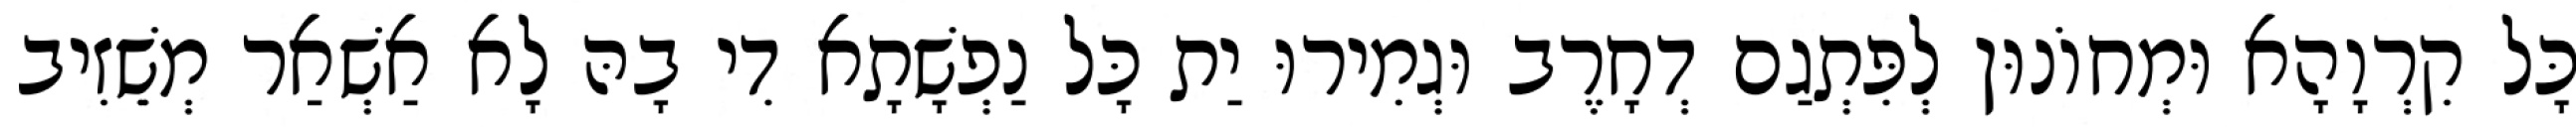
כָּל קִרְוָהָא וּמְחוֹנוּן לְפִּתְגַם דְחָרֶב וּגְמִירוּ יַת כָּל נַפְשָׁתָא דִי בָהּ לָא אַשְׁאַר מְשֵׁזִיב